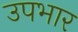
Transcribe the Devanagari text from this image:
उपभार